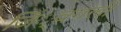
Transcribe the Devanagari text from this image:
जिं्वगली